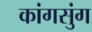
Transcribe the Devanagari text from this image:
कांगसुंग